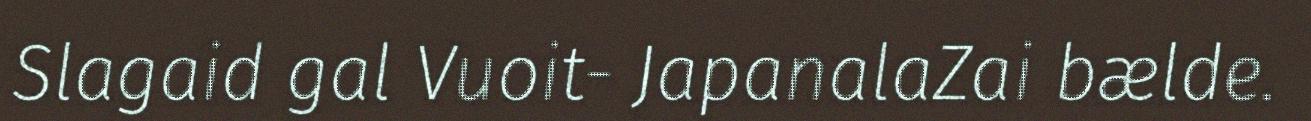
Slagaid gal Vuoit- JapanalaZai bælde.